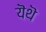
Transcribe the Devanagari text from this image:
यॆथॆ